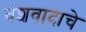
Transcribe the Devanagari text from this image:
वंशवादाचे